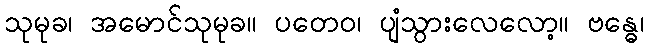
သုမုခ၊ အမောင်သုမုခ။ ပတေဝ၊ ပျံသွားလေလော့။ ဗန္ဓေ၊